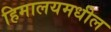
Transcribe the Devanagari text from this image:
हिमालयमधील